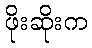
ဖိုးဆိုးက